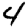
Digit: 4